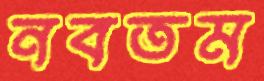
নবতম